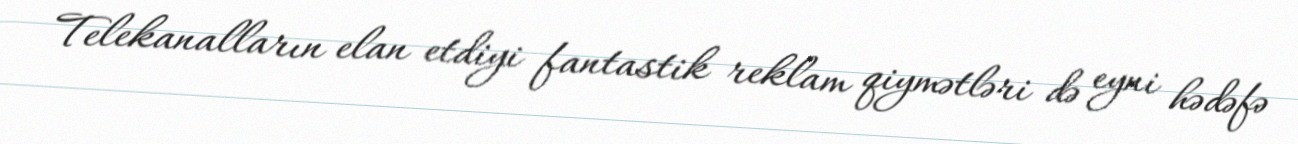
Telekanalların elan etdiyi fantastik reklam qiymətləri də eyni hədəfə